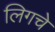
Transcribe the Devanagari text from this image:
लिगचे